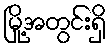
မြို့အတွင်းရှိ